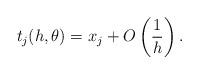
LaTeX: \begin{align*} t_j(h,\theta)=x_j +O\left(\frac{1}{h}\right). \end{align*}